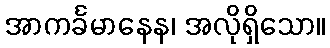
အာကင်္ခမာနေန၊ အလိုရှိသော။